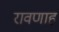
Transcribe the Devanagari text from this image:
रावणाह